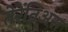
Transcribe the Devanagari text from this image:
तेरेंतिअस